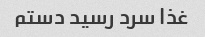
غذا سرد رسید دستم